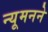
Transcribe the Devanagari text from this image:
न्यूमनने